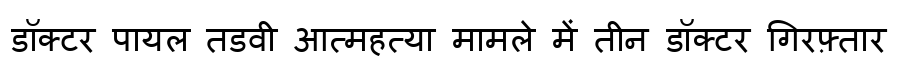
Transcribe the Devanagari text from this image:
डॉक्टर पायल तडवी आत्महत्या मामले में तीन डॉक्टर गिरफ़्तार